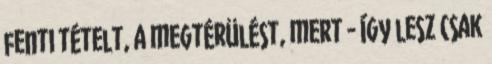
fenti tételt, a megtérülést, mert - így lesz csak